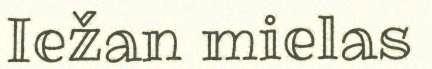
Iežan mielas